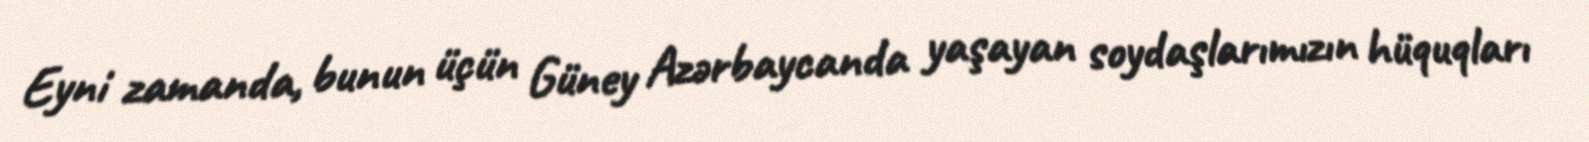
Eyni zamanda, bunun üçün Güney Azərbaycanda yaşayan soydaşlarımızın hüquqları